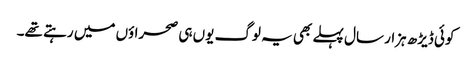
کوئی ڈیڑھ ہزار سال پہلے بھی یہ لوگ یوں ہی صحراؤں میں رہتے تھے۔